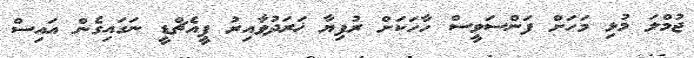
ޖުމްލަ މުޅި މަހަށް ފަންސަވީސް ހާހަކަށް ރުފިޔާ ޚަރަދުވާއިރު ޕީއެޗްޑީ ނަގައިގެން އައިސް